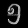
Digit: ၅